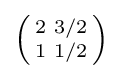
\left({\begin{smallmatrix}2&3/2\\1&1/2\end{smallmatrix}}\right)